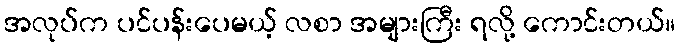
အလုပ်က ပင်ပန်းပေမယ့် လစာ အများကြီး ရလို့ ကောင်းတယ်။